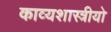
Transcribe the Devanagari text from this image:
काव्यशास्त्रीयो